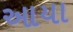
આયા